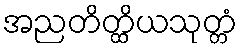
အညတိတ္ထိယသုတ္တံ